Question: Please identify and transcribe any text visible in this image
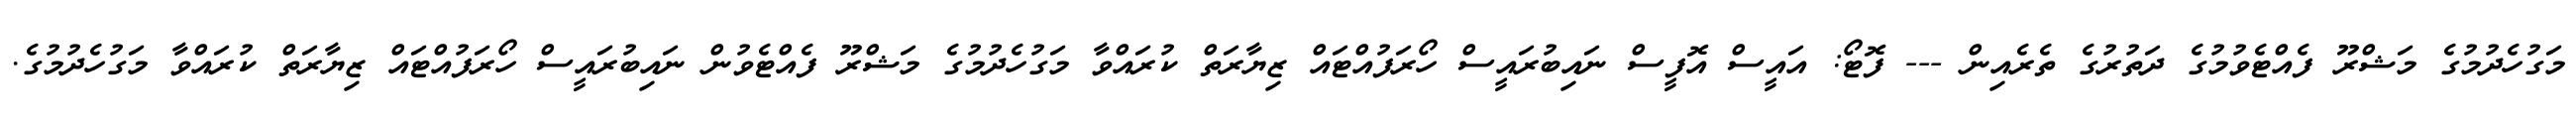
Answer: މަގުހެދުމުގެ މަޝްރޫ ފެއްޓެވުމުގެ ދަތުރުގެ ތެރެއިން --- ފޮޓޯ: އައީސް އޮފީސް ނައިބުރައީސް ހޯރަފުއްޓައް ޒިޔާރަތް ކުރައްވާ މަގުހެދުމުގެ މަޝްރޫ ފެއްޓެވުން ނައިބުރައީސް ހޯރަފުއްޓައް ޒިޔާރަތް ކުރައްވާ މަގުހެދުމުގެ.